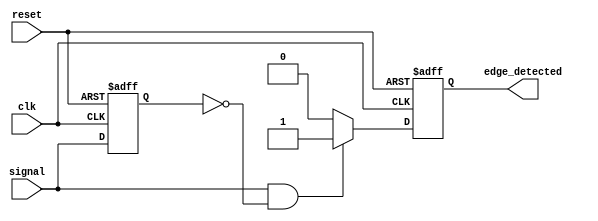
module rising_edge_detector (
    input wire clk,            // Clock signal
    input wire reset,          // Asynchronous reset signal
    input wire signal,         // Input signal to detect rising edge
    output reg edge_detected   // Output signal indicating rising edge detection
);

    reg previous_signal;       // Register to hold the previous state of the input signal

    // Always block triggered on the rising edge of the clock or reset
    always @(posedge clk or posedge reset) begin
        if (reset) begin
            previous_signal <= 1'b0;  // Reset previous signal to low
            edge_detected <= 1'b0;     // Reset edge detected output
        end else begin
            // Rising edge detection logic
            if (signal == 1'b1 && previous_signal == 1'b0) begin
                edge_detected <= 1'b1;  // Set edge_detected high on rising edge
            end else begin
                edge_detected <= 1'b0;   // Clear edge_detected otherwise
            end
            previous_signal <= signal;   // Update previous_signal for next clock cycle
        end
    end

endmodule